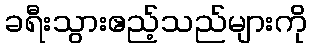
ခရီးသွားဧည့်သည်များကို